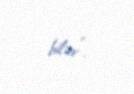
bilər”.